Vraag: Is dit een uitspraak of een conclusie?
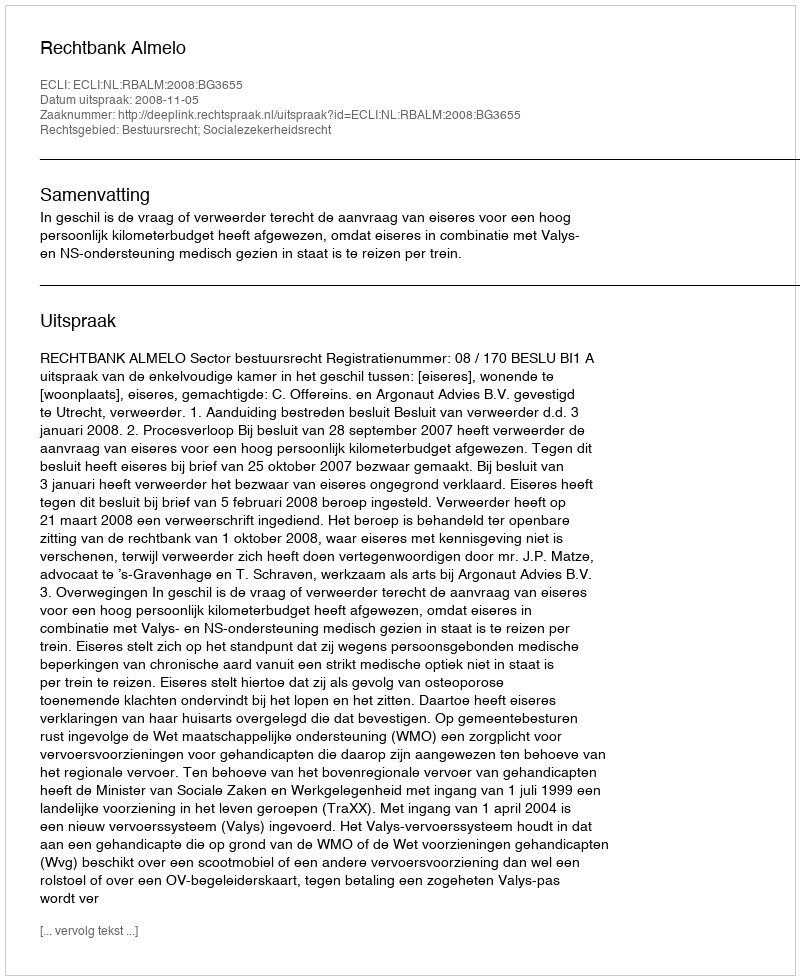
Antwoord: Uitspraak